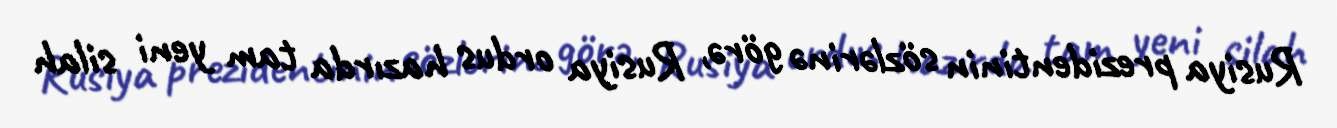
Rusiya prezidentinin sözlərinə görə, Rusiya ordus hazırda tam yeni silah